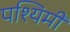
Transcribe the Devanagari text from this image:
पश्यिमी